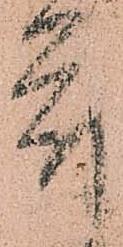
符